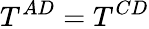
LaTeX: T^{AD}=T^{CD}